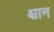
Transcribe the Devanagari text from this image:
श्चान